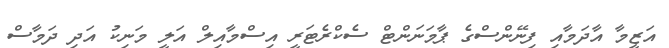
އަޒީމާ އާދަމާއި ފިނޭންސްގެ ޕާމަނަންޓް ސެކްރެޓަރީ އިސްމާއިލް އަލީ މަނިކު އަދި ދަމާސް